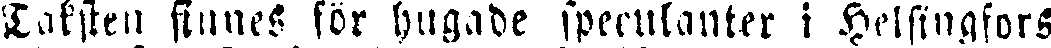
Taksten finnes for hugade speculanter i Helsingfors